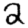
Digit: 2